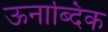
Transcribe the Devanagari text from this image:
ऊनाब्दिक